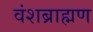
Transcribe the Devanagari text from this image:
वंशब्राह्मण